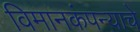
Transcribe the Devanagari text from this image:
विमानकंपन्याचे